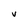
Character: V